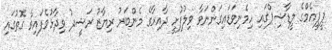
ޕީޕީއެމްގެ ލީޑާޝިޕްގައި ހިމެނިވަޑައިގަންނަވާ ވިލުފުށީ ދާއިރާގެ މެންބަރު ރިޔާޒު ރަޝީދު ވިދާޅުވެފައިވާ ގޮތުގައި